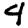
Digit: 4